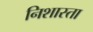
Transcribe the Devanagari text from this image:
निशास्ता